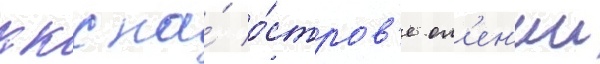
ккс на́ о́стров'е ол'ен'ии